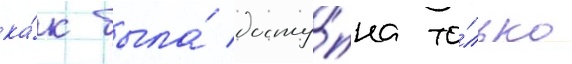
ка́к была́ досту́пна то́лько